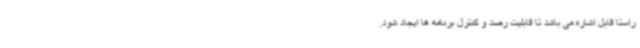
راستا قابل اشاره می باشد تا قابلیت رصد و کنترل برنامه ها ایجاد شود.